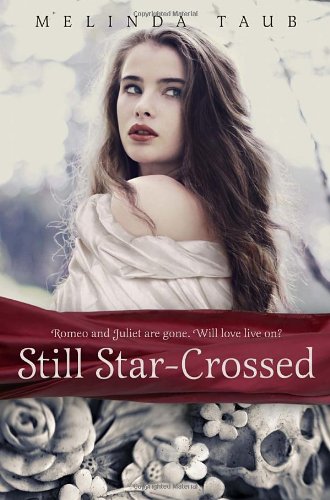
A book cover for Still Star-Crossed; Melinda Taub; Teen & Young Adult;